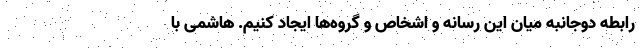
رابطه دوجانبه میان این رسانه و اشخاص و گروه‌ها ایجاد کنیم. هاشمی با